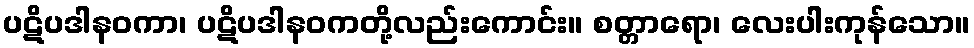
ပဋိပဒါနဝကာ၊ ပဋိပဒါနဝကတို့လည်းကောင်း။ စတ္တာရော၊ လေးပါးကုန်သော။